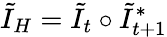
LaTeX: \tilde{I}_{H}=\tilde{I}_{t}\circ\tilde{I}_{t+1}^{*}